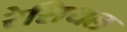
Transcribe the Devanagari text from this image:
रेसियल